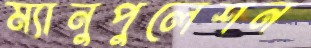
ম্যানুপুলেশন